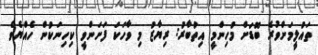
ތައުލީމަށްވުރެ ބޮޑަށް މުހިންމީ އިތުބާރު: ރިޔާޒު މި ވާހަކަ ފަށަންވީ ކިހިނަކުން ހެއްޔެވެ